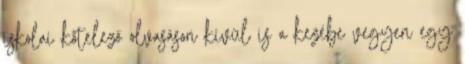
iskolai kötelező olvasáson kívül is a kezébe vegyen egy